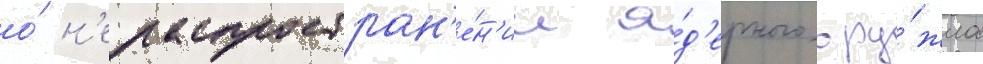
о́ н'ераспростран'е́н'ии я́д'ерного ору́жиа